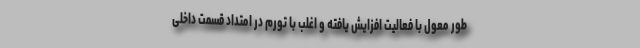
طور معول با فعالیت افزایش یافته و اغلب با تورم در امتداد قسمت داخلی